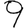
Digit: 9